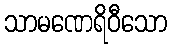
သာမဏေရိဝီသော